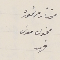
مختار مرتموره    مخول موسَى فهد